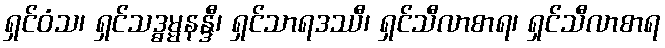
ရှင်ဝံသ၊ ရှင်သဒ္ဓမ္မနန္ဒီ၊ ရှင်သာရဒဿီ၊ ရှင်သီလာစာရ၊ ရှင်သီလာစာရ